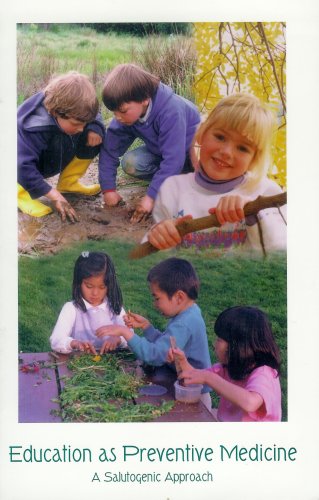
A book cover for Education As Preventive Medicine: A Salutogenic Approach; M.D. Micheala GlÃ¶ckler; Medical Books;